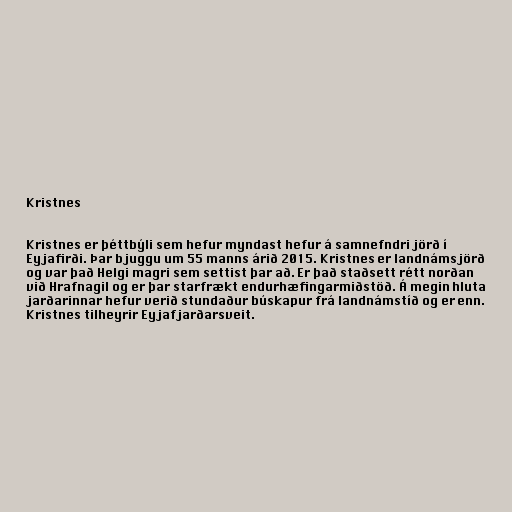
Kristnes

Kristnes er þéttbýli sem hefur myndast hefur á samnefndri jörð í
Eyjafirði. Þar bjuggu um 55 manns árið 2015. Kristnes er landnámsjörð
og var það Helgi magri sem settist þar að. Er það staðsett rétt norðan
við Hrafnagil og er þar starfrækt endurhæfingarmiðstöð. Á megin hluta
jarðarinnar hefur verið stundaður búskapur frá landnámstíð og er enn.
Kristnes tilheyrir Eyjafjarðarsveit.